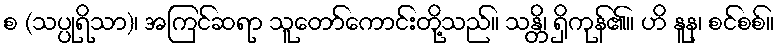
စ (သပ္ပုရိသာ)၊ အကြင်ဆရာ သူတော်ကောင်းတို့သည်။ သန္တိ၊ ရှိကုန်၏။ ဟိ နူန၊ စင်စစ်။